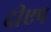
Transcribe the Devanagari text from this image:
दीएप